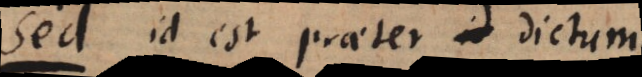
Sed: id est: praeter dictum.